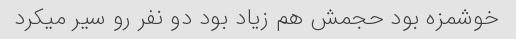
خوشمزه بود حجمش هم زیاد بود دو نفر رو سیر میکرد